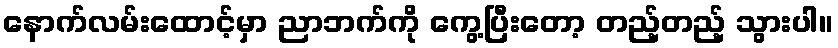
နောက်လမ်းထောင့်မှာ ညာဘက်ကို ကွေ့ပြီးတော့ တည့်တည့် သွားပါ။